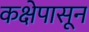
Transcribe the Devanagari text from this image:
कक्षेपासून